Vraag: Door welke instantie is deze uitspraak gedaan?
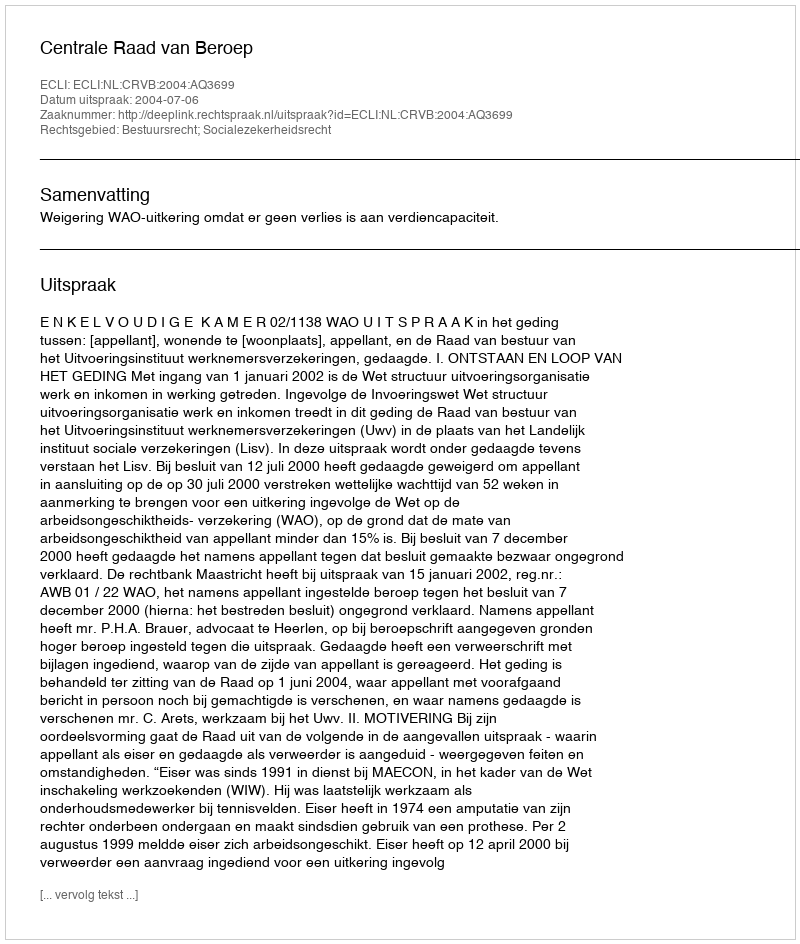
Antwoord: Centrale Raad van Beroep